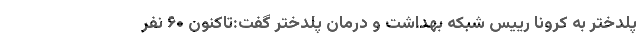
پلدختر به کرونا رییس شبکه بهداشت و درمان پلدختر گفت:تاکنون ۶۰ نفر